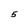
Character: 5